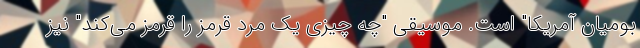
بومیان آمریکا" است. موسیقی "چه چیزی یک مرد قرمز را قرمز می‌کند" نیز